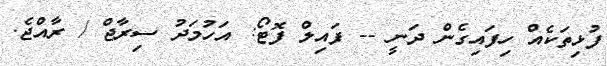
ފުޅިތަކެއް ހިފައިގެން ދަނީ -- ފައިލް ފޮޓޯ: އަހުމަދު ސިރާޖް / ރާއްޖެ.